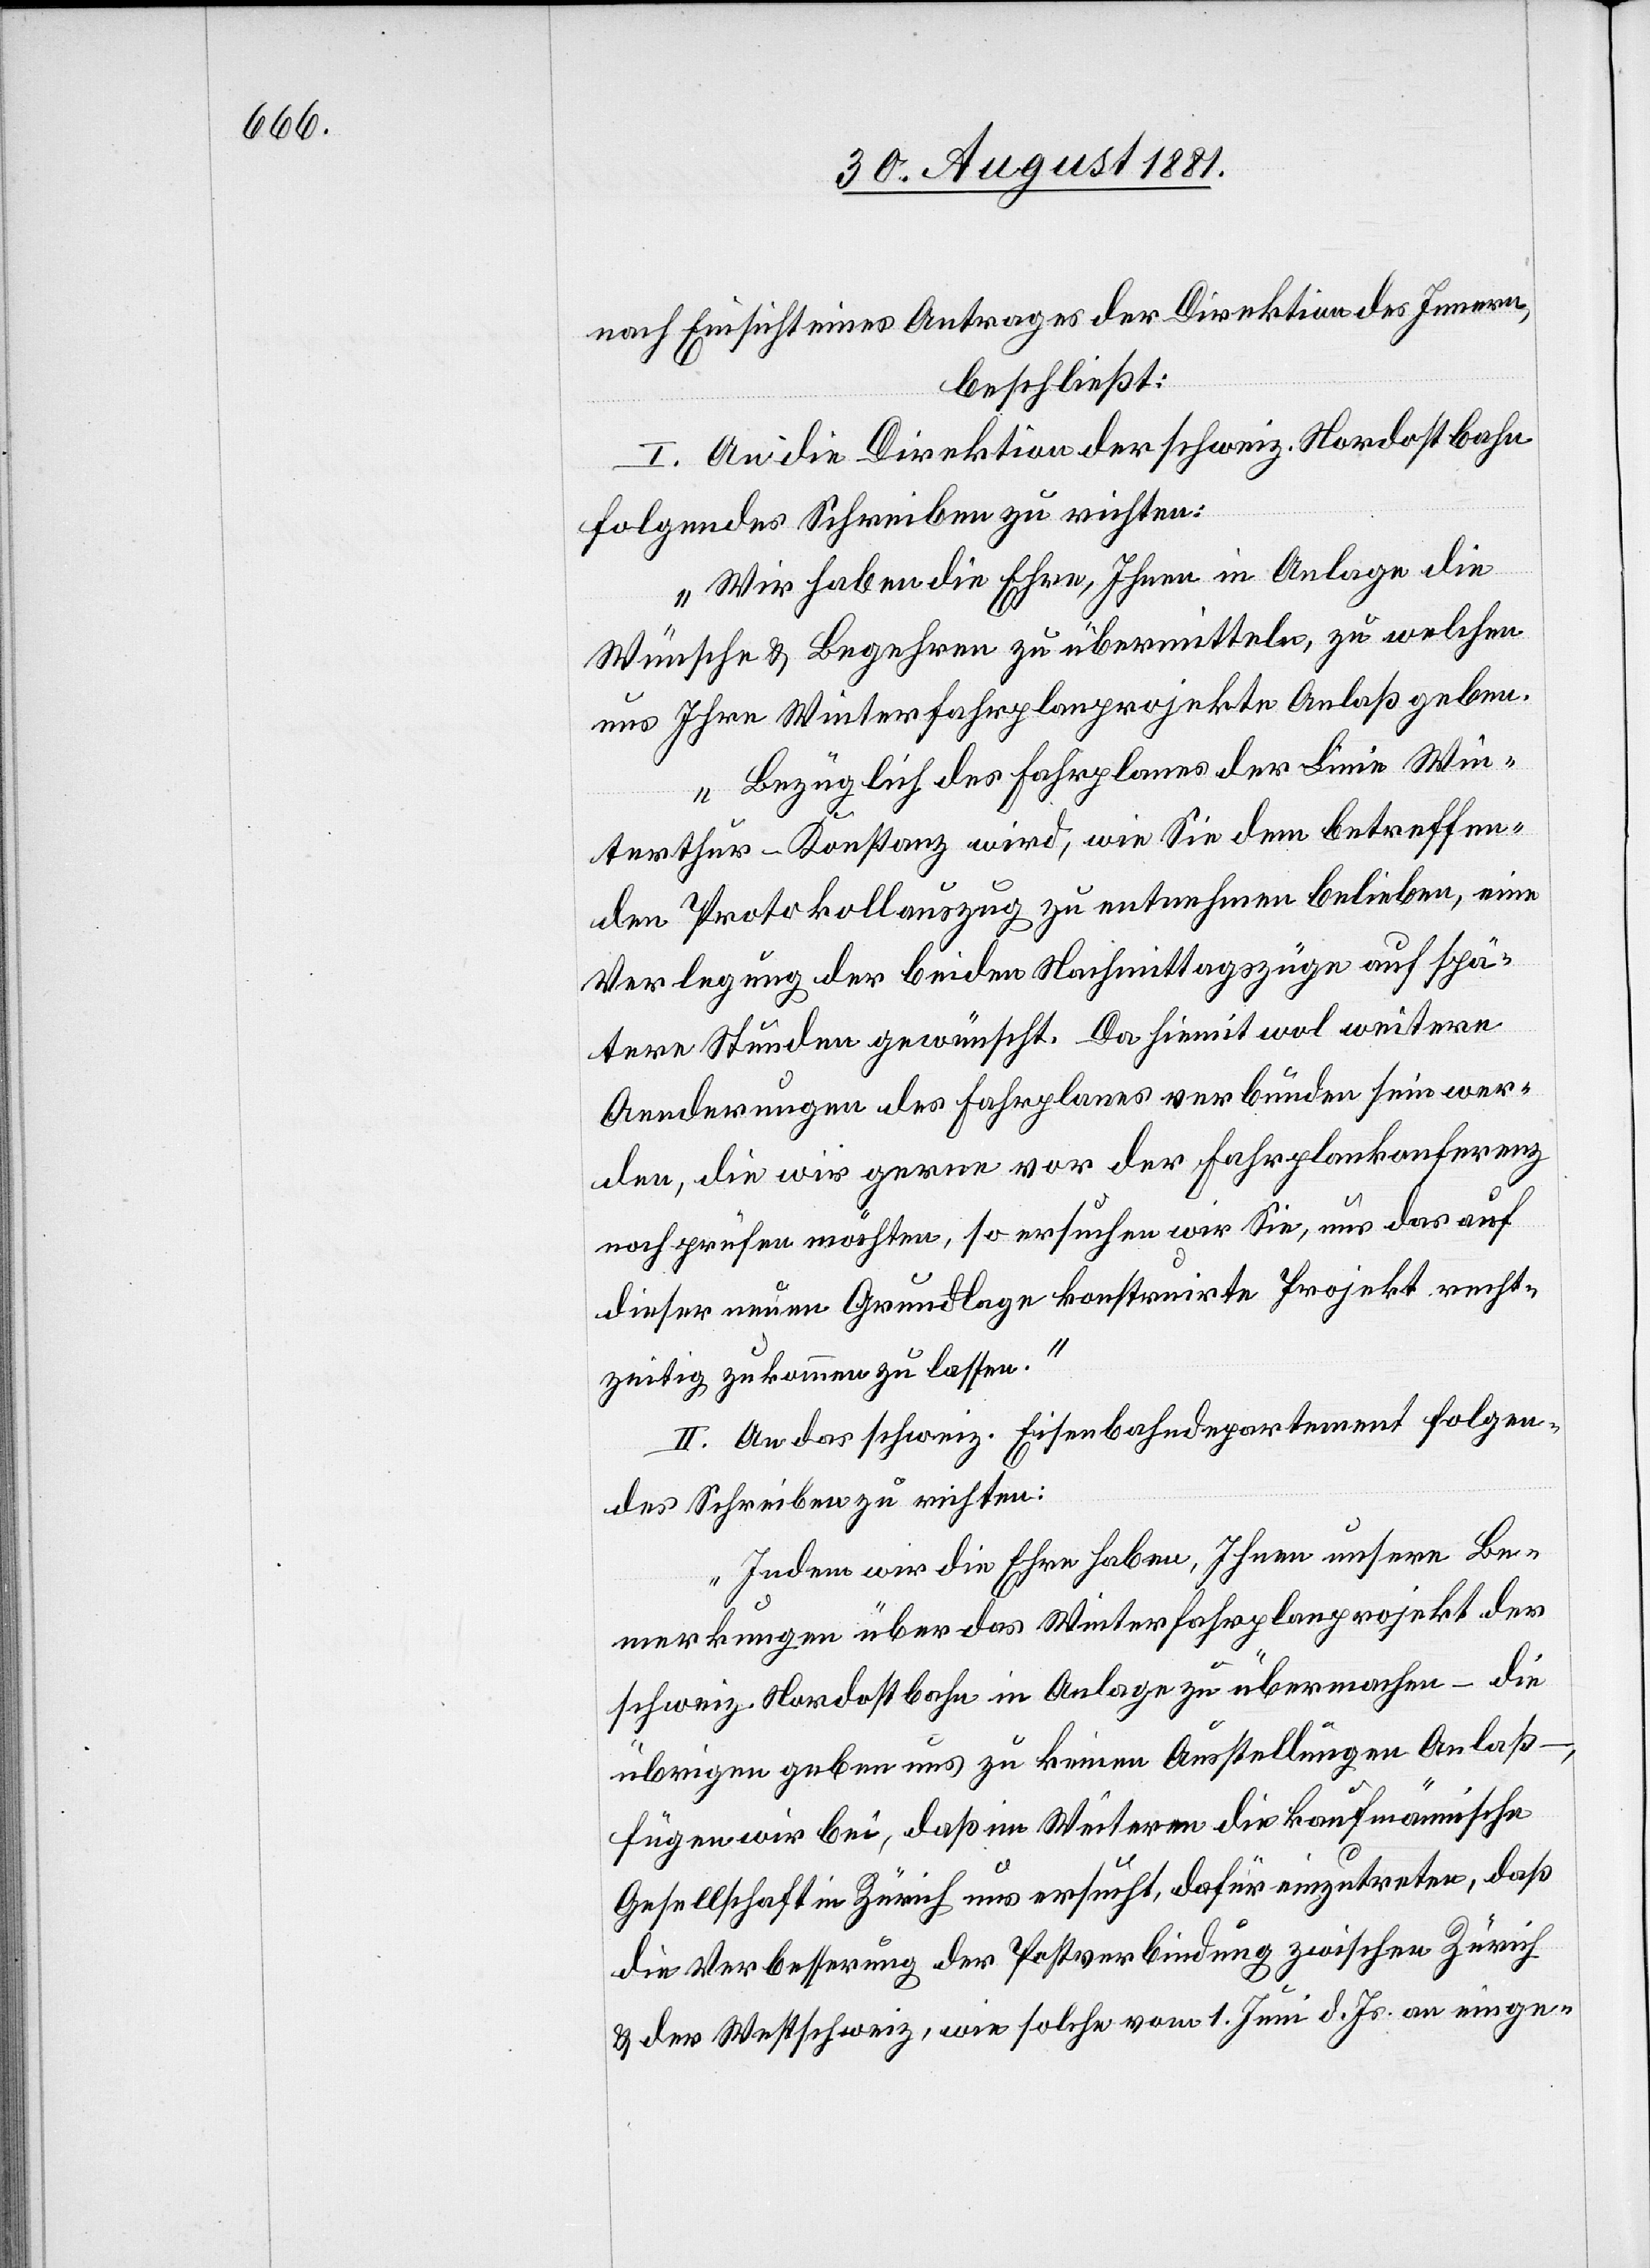
nach Einsicht eines Antrages der Direktion des Innern,
beschließt:
I. An die Direktion der schweiz. Nordostbahn
folgendes Schreiben zu richten:
„Wie haben die Ehre, Ihnen in Anlage die
Wünsche & Begehren zu übermitteln, zu welchen
uns Ihre Winterfahrplanprojekte Anlaß geben.
Bezüglich des Fahrplanes der Linie Win¬
terthur–Konstanz wird, wie Sie dem betreffen¬
den Protokollauszug zu entnehmen belieben, eine
Verlegung der beiden Nachmittagszüge auf spä¬
tere Stunden gewünscht. Da hiemit wol weitere
Aenderungen des Fahrplanes verbunden sein wer¬
den, die wir gerne vor der Fahrplankonferenz
noch prüfen möchten, so ersuchen wir Sie, uns das auf
dieser neuen Grundlage konstruirte Projekt recht¬
zeitig zukommen zu lassen.“
II. An das schweiz. Eisenbahndepartement folgen¬
des Schreiben zu richten:
„Indem wir die Ehre haben, Ihnen unsere Be¬
merkungen über das Winterfahrplanprojekt der
schweiz. Nordostbahn in Anlage zu übermachen – die
übrigen geben uns zu keinen Ausstellungen Anlaß
fügen wir bei, daß im Weitern die kaufmännische
Gesellschaft in Zürich uns ersucht, dafür einzutreten, daß
die Verbesserung der Postverbindung zwischen Zürich
& der Westschweiz, wie solche vom 1. Juni d. Js. an einge-